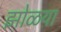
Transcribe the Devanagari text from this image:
झोळया